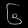
Digit: ၆